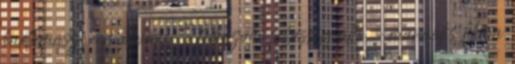
kartámasz – manuális 5 fokozatú sebességváltó – manuális klíma